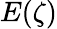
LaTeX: E(\zeta)